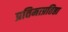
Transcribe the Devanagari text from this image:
प्रतिमाप्रतिष्ठा